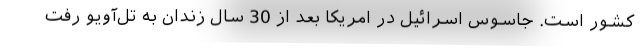
کشور است. جاسوس اسرائیل در امریکا بعد از 30 سال زندان به تل‌آویو رفت